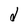
Character: d